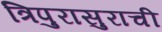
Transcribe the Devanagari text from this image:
त्रिपुरासुराची